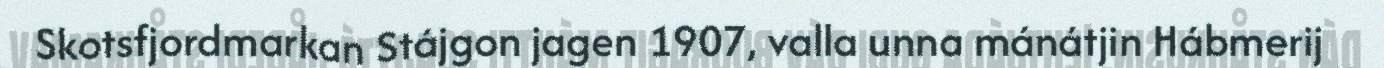
Skotsfjordmarkan Stájgon jagen 1907, valla unna mánátjin Hábmerij